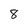
Character: 8